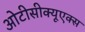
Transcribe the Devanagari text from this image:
ओटीसीक्यूएक्स